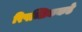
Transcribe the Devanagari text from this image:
रिपब्लिककडे